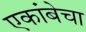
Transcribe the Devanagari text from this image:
एकांबेचा